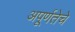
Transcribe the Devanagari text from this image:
अपूर्णतेचे